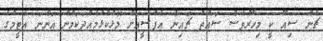
ޗެން ސިއޫ ކީ މިހާރުވެސް ސައުތު ޗައިނާ އެފްސީއަށް މޮޅުކުޅުމެއްދަކަމުން އަންނަ އެޓީމްގެ